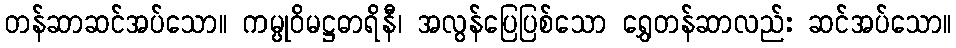
တန်ဆာဆင်အပ်သော။ ကမ္ပုဝိမဋ္ဌဓာရိနီ၊ အလွန်ပြေပြစ်သော ရွှေတန်ဆာလည်း ဆင်အပ်သော။